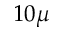
1 0 \mu